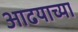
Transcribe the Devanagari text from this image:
आढयाच्या